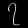
Digit: ၇